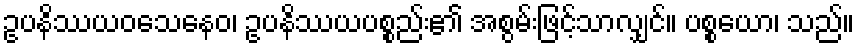
ဥပနိဿယဝသေနေဝ၊ ဥပနိဿယပစ္စည်း၏ အစွမ်းဖြင့်သာလျှင်။ ပစ္စယော၊ သည်။